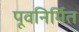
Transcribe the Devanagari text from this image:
पूवनिर्मित